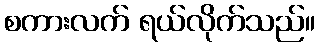
စကားလက် ရယ်လိုက်သည်။